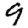
Digit: 9